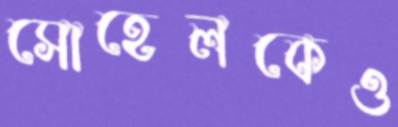
সোহেলকেও